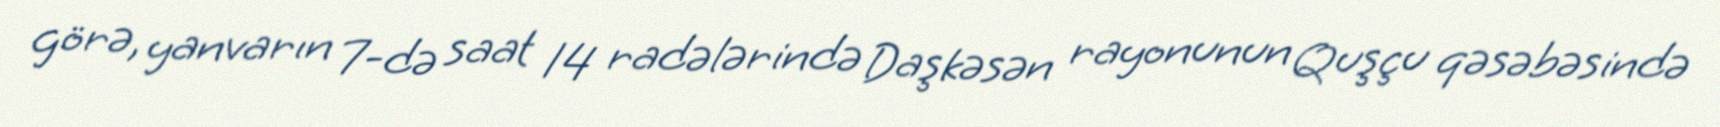
görə, yanvarın 7-də saat 14 radələrində Daşkəsən rayonunun Quşçu qəsəbəsində